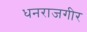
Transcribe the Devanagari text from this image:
धनराजगीर